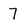
Character: 7